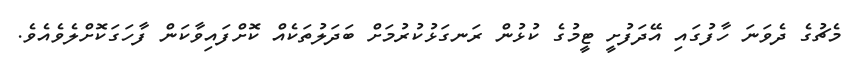
މެޗުގެ ދެވަނަ ހާފުގައި އޭދަފުށީ ޓީމުގެ ކުޅުން ރަނގަޅުކުރުމަށް ބަދަލުތަކެއް ކޮށްފައިވާކަން ފާހަގަކޮށްލެވެއެވެ.